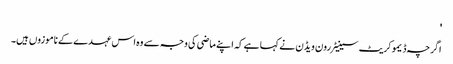
'
اگرچہ ڈیموکریٹ سینیٹر رون ویڈن نے کہا ہے کہ اپنے ماضی کی وجہ سے وہ اس عہدے کے ناموزوں ہیں۔